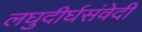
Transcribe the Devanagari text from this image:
लघुदीर्घसंवेदी